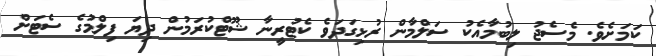
ކަމަށެވެ. މެސެޖު ލިބުމާއެކު ސަލްމާން ރުޅިގަދަވެ ކެޓުރީނާ ޝޫޓްކުރަމުން ދިޔަ ފިލްމުގެ ސެޓަށް